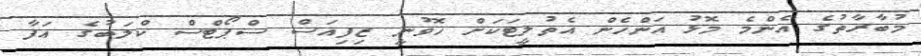
މުބާރާތުގެ އެންމެ މޮޅު އަންހެން އެތުލީޓަކަށް ހޮވުނީ ޒިފިއަސް ސްޕޯޓްސް ކްލަބުގެ އަފާ